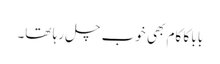
بابا کا کام بھی خوب چل رہا تھا۔